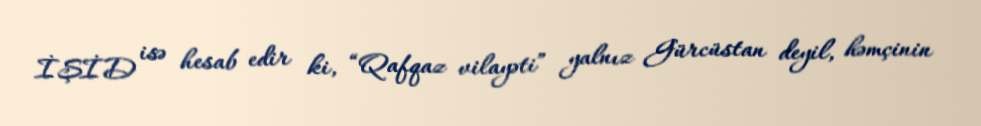
İŞİD isə hesab edir ki, “Qafqaz vilayəti” yalnız Gürcüstan deyil, həmçinin